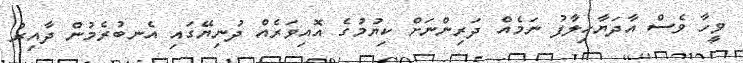
ވީހާ ވެސް އާދަޔާހިލާފު ނަމެއް ދަރިންނަށް ކިޔުމުގެ އޮއިވަރެއް ދުނިޔޭގައި އެނބުރެމުން ދާއިރު